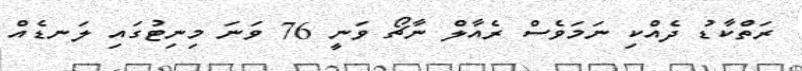
ރަތްކާޑު ދެއްކި ނަމަވެސް ރެއާލް ނާޗޯ ވަނީ 76 ވަނަ މިނިޓުގައި ލަނޑެއް